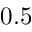
0 . 5